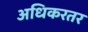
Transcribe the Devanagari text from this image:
अधिकरतर